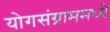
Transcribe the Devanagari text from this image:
योगसंग्राममध्ये